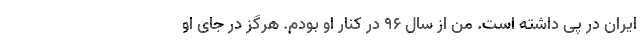
ایران در پی داشته است. من از سال ۹۶ در کنار او بودم. هرگز در جای او